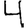
Digit: 4